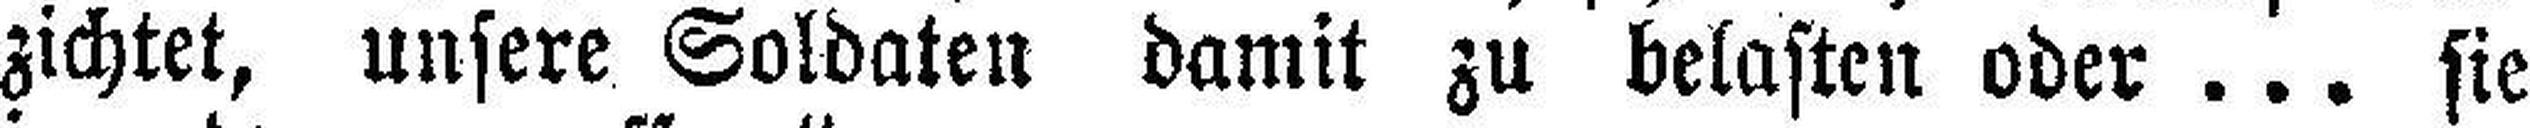
zichtet, unsere Soldaten damit zu belasten oder ... sie